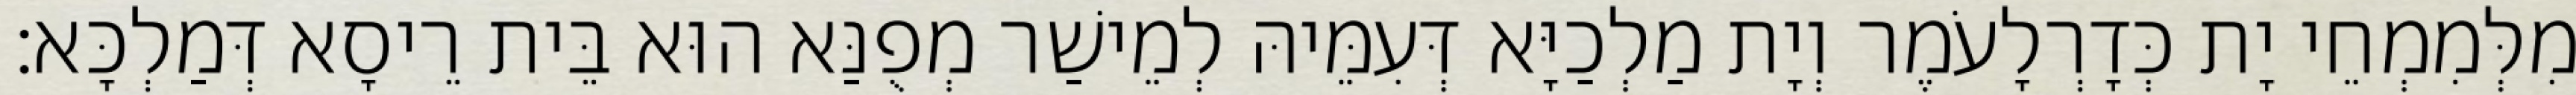
מִלְּמִמְחֵי יָת כְּדָרְלָעֹמֶר וְיָת מַלְכַיָּא דְּעִמֵּיהּ לְמֵישַׁר מְפֻנַּא הוּא בֵּית רֵיסָא דְּמַלְכָּא׃